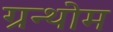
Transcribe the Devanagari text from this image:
ग्रन्थोम